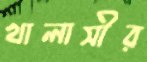
খালাসীর